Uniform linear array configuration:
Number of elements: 24
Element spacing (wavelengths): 0.75
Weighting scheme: blackman
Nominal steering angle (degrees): -30
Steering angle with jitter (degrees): -29.161
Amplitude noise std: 0.05
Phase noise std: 0.05

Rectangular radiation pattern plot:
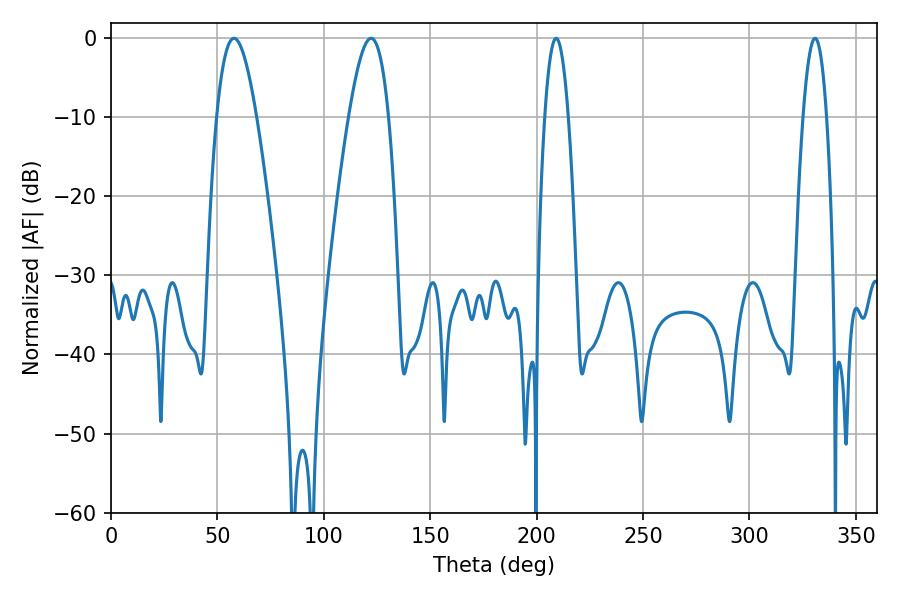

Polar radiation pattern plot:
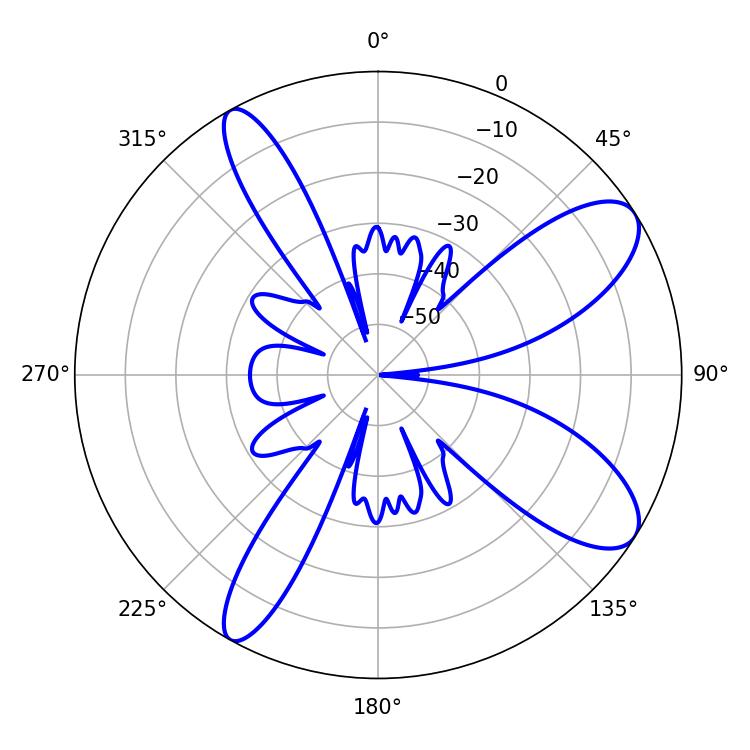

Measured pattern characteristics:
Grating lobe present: TRUE
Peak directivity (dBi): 9.688
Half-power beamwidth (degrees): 6.12
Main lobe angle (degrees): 209.16